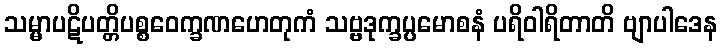
သမ္မာပဋိပတ္တိပစ္စဝေက္ခဏဟေတုကံ သဗ္ဗဒုက္ခပ္ပမောစနံ ပရိဝါရိတာတိ ဗျာပါဒေန